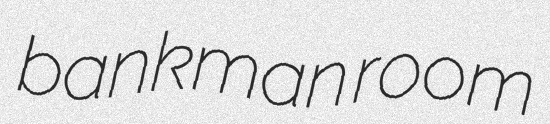
bankman room